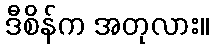
ဒီစိန်က အတုလား။